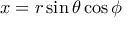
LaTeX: x = r \sin \theta \cos \phi